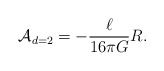
\begin{align*}{\cal A}_{d=2} = -\frac{\ell}{16 \pi G}R.\end{align*}